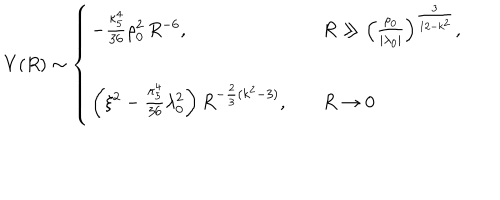
V ( R ) \sim \left\{ \begin{array} { l l l } { { - { \frac { \kappa _ { 5 } ^ { 4 } } { 3 6 } } \rho _ { 0 } ^ { 2 } \, R ^ { - 6 } , } } & { { } } & { { R \gg \left( { \frac { \rho _ { 0 } } { | \lambda _ { 0 } | } } \right) ^ { \frac { 3 } { 1 2 - k ^ { 2 } } } , } } \\ { { } } & { { } } & { { } } \\ { { \left( \xi ^ { 2 } - { \frac { \kappa _ { 5 } ^ { 4 } } { 3 6 } } \lambda _ { 0 } ^ { 2 } \right) R ^ { - { \frac { 2 } { 3 } } ( k ^ { 2 } - 3 ) } , } } & { { } } & { { R \rightarrow 0 } } \\ \end{array} \right.